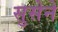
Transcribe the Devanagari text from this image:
सुसेने